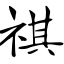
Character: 祺